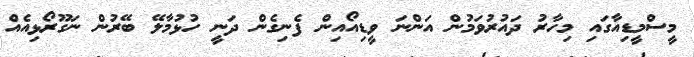
މީސްމީޑިއާގައި މިހާރު ދައުރުވަމުން އަންނަ ވީޑިއޯއިން ފެނިގެން ދަނީ ހުޅުމާލޭ ބޭރުން ނަގޫރޯޅިއެއް